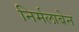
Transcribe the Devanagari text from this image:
निर्मलाबेन